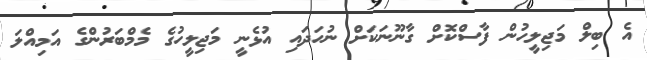
އެ ބިލް މަޖިލީހުން ފާސްކޮށް ގާނޫނަކަށް ނުހަދައި އުޅެނީ މަޖިލީހުގެ މެމްބަރުންގެ އަމިއްލަ